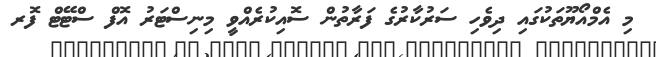
މި އެމްއޯޔޫތަކުގައި ދިވެހި ސަރުކާރުގެ ފަރާތުން ސޮއިކުރެއްވީ މިނިސްޓަރު އޮފް ސްޓޭޓް ފޮރ